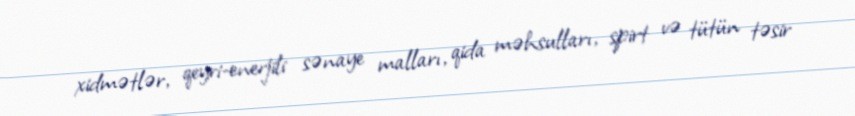
xidmətlər, qeyri-enerjili sənaye malları, qida məhsulları, spirt və tütün təsir